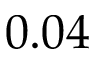
0 . 0 4